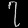
Digit: ၇